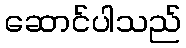
ဆောင်ပါသည်